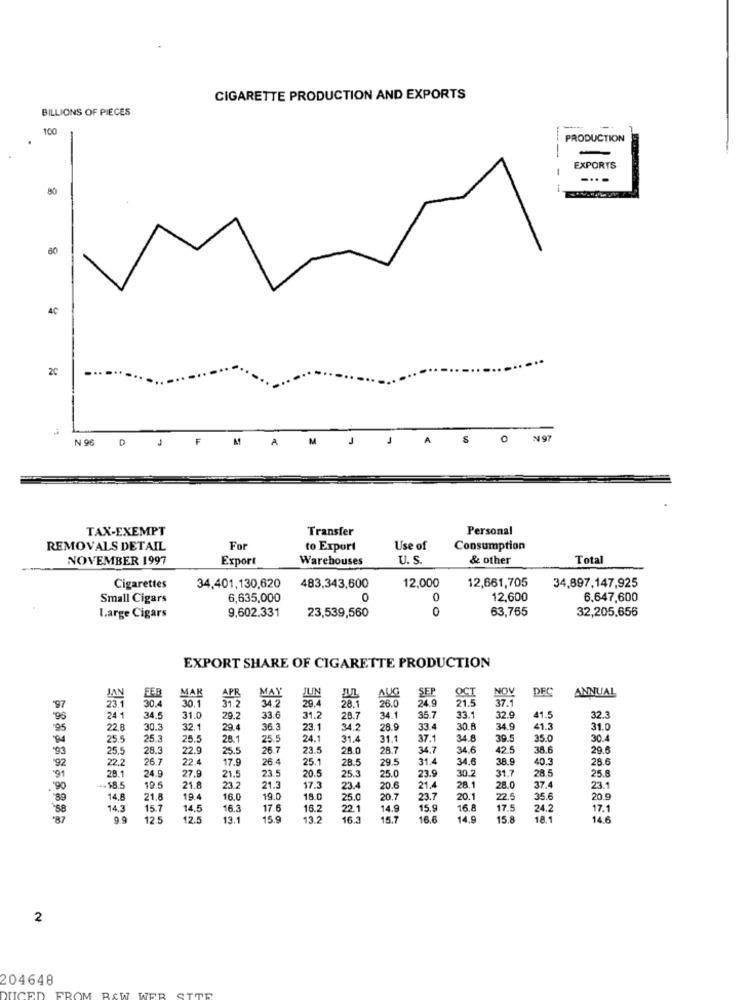
CIGARETTE PRODUCTION AND EXPORTS
BILLIONS OF PIECES
100
PRODUCTION
EXPORTS
-...
80
60
40
D
F
M
A
0
N97
TAX-EXEMPT
Transfer
Personal
REMOVALS DETAIL
For
to Export
Use of
Consumption
NOVEMBER 1997
Export
Warehouses
U. S
& other
Total
12,661,705
34,897,147,925
Cigarettes
34,401,130,620
483,343,600
12,000
Small Cigars
6,635,000
0
0
12,600
6,647,600
9,602.331
0
63,765
32,205,656
Large Cigars
23,539,560
EXPORT SHARE OF CIGARETTE PRODUCTION
FEB
AUG
DFC
ANNUAL
30.1
MAK
APR
34.2
JUN
SEP
21.5
37.1
97
23.1
30.4
31.2
29.4
28.1
26.0
24.9
96
24 1
34.5
31.0
29.2
33.6
31.2
28.7
34.1
35.7
33.1
32.9
41.5
32.
.95
22.8
30.3
32.1
29.4
36.3
23.1
34.2
28.9
33.4
30.8
34.9
41.3
31.0
25.5
25.3
25.5
28.1
25.5
24.1
31.4
31.1
37.1
34.8
39.5
35.0
30.4
"93
25.5
28.3
22.9
25.5
26.7
23.5
28.0
28.7
34.7
34.6
42.5
38.6
29.6
92
22.2
26.7
22.4
17.9
26.4
25.1
28.5
29.5
31.4
34.6
38.9
40.3
28.6
24.9
27.9
21.5
23.5
20.5
25.0
31.7
28.5
91
28.1
25.3
23.9
30.2
25.8
'90
+++18.5
19.5
21.8
23.2
21.3
17.3
23.4
20.6
21.4
28.1
28.0
37.4
23.1
14,8
21,8
19.4
16.0
19.0
18.0
25.0
20.7
23.7
20.1
22.5
35.6
20.9
88
14,3
15.7
14.5
16.3
17.6
16.2
22.1
14.9
15.9
16.8
17.5
24.2
17.1
9.9
12.5
12.5
13.1
15.9
13.2
16.3
15.7
16.6
14.9
15.8
18.1
14.6
2
204648
FROM RAW WER SITE